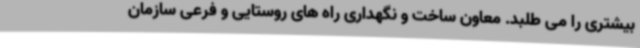
بیشتری را می طلبد. معاون ساخت و نگهداری راه های روستایی و فرعی سازمان